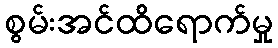
စွမ်းအင်ထိရောက်မှု